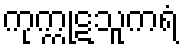
ကုက္ကုဋသူကရံ